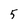
Character: 5